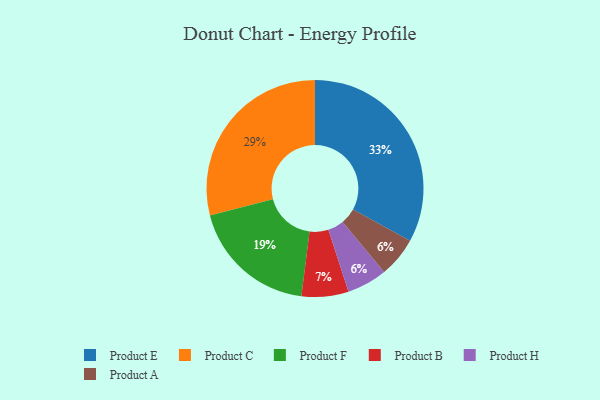
{"axis": {"x": "Category", "y": "Percentage"}, "legend": ["Product A", "Product B", "Product C", "Product E", "Product F", "Product H"], "data": [{"x": "Product H", "y": 6, "type": "Product H"}, {"x": "Product B", "y": 7, "type": "Product B"}, {"x": "Product C", "y": 29, "type": "Product C"}, {"x": "Product A", "y": 6, "type": "Product A"}, {"x": "Product E", "y": 33, "type": "Product E"}, {"x": "Product F", "y": 19, "type": "Product F"}]}